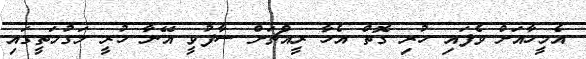
އެމީހާއަށް ވެފައި ހުރި ގޮތް އެހާ ރީއްޗަށް ސާފުވީ އޭނާ ހުރީ މަގުމަތީގައި